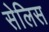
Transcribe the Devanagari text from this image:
सेलिस